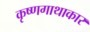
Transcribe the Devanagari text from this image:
कृष्णगाथाकार